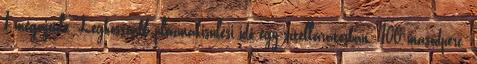
1 megajoule. Leghosszabb plazmakisülési idő egy sztellarátorban: 100 másodperc.